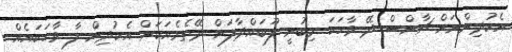
އެކުދިންނަށް ޗާންސް ދޭ ވާހަކަ މިބުނީ ފޫބައްދާލަން ދޭތެރެއަކަށް އެކުދިން ލާ ވާހަކައެއް